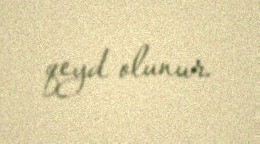
qeyd olunur.